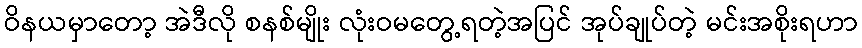
ဝိနယမှာတော့ အဲဒီလို စနစ်မျိုး လုံးဝမတွေ့ရတဲ့အပြင် အုပ်ချုပ်တဲ့ မင်းအစိုးရဟာ